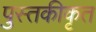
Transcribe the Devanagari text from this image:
पुस्तकीकृत